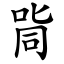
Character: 㖰